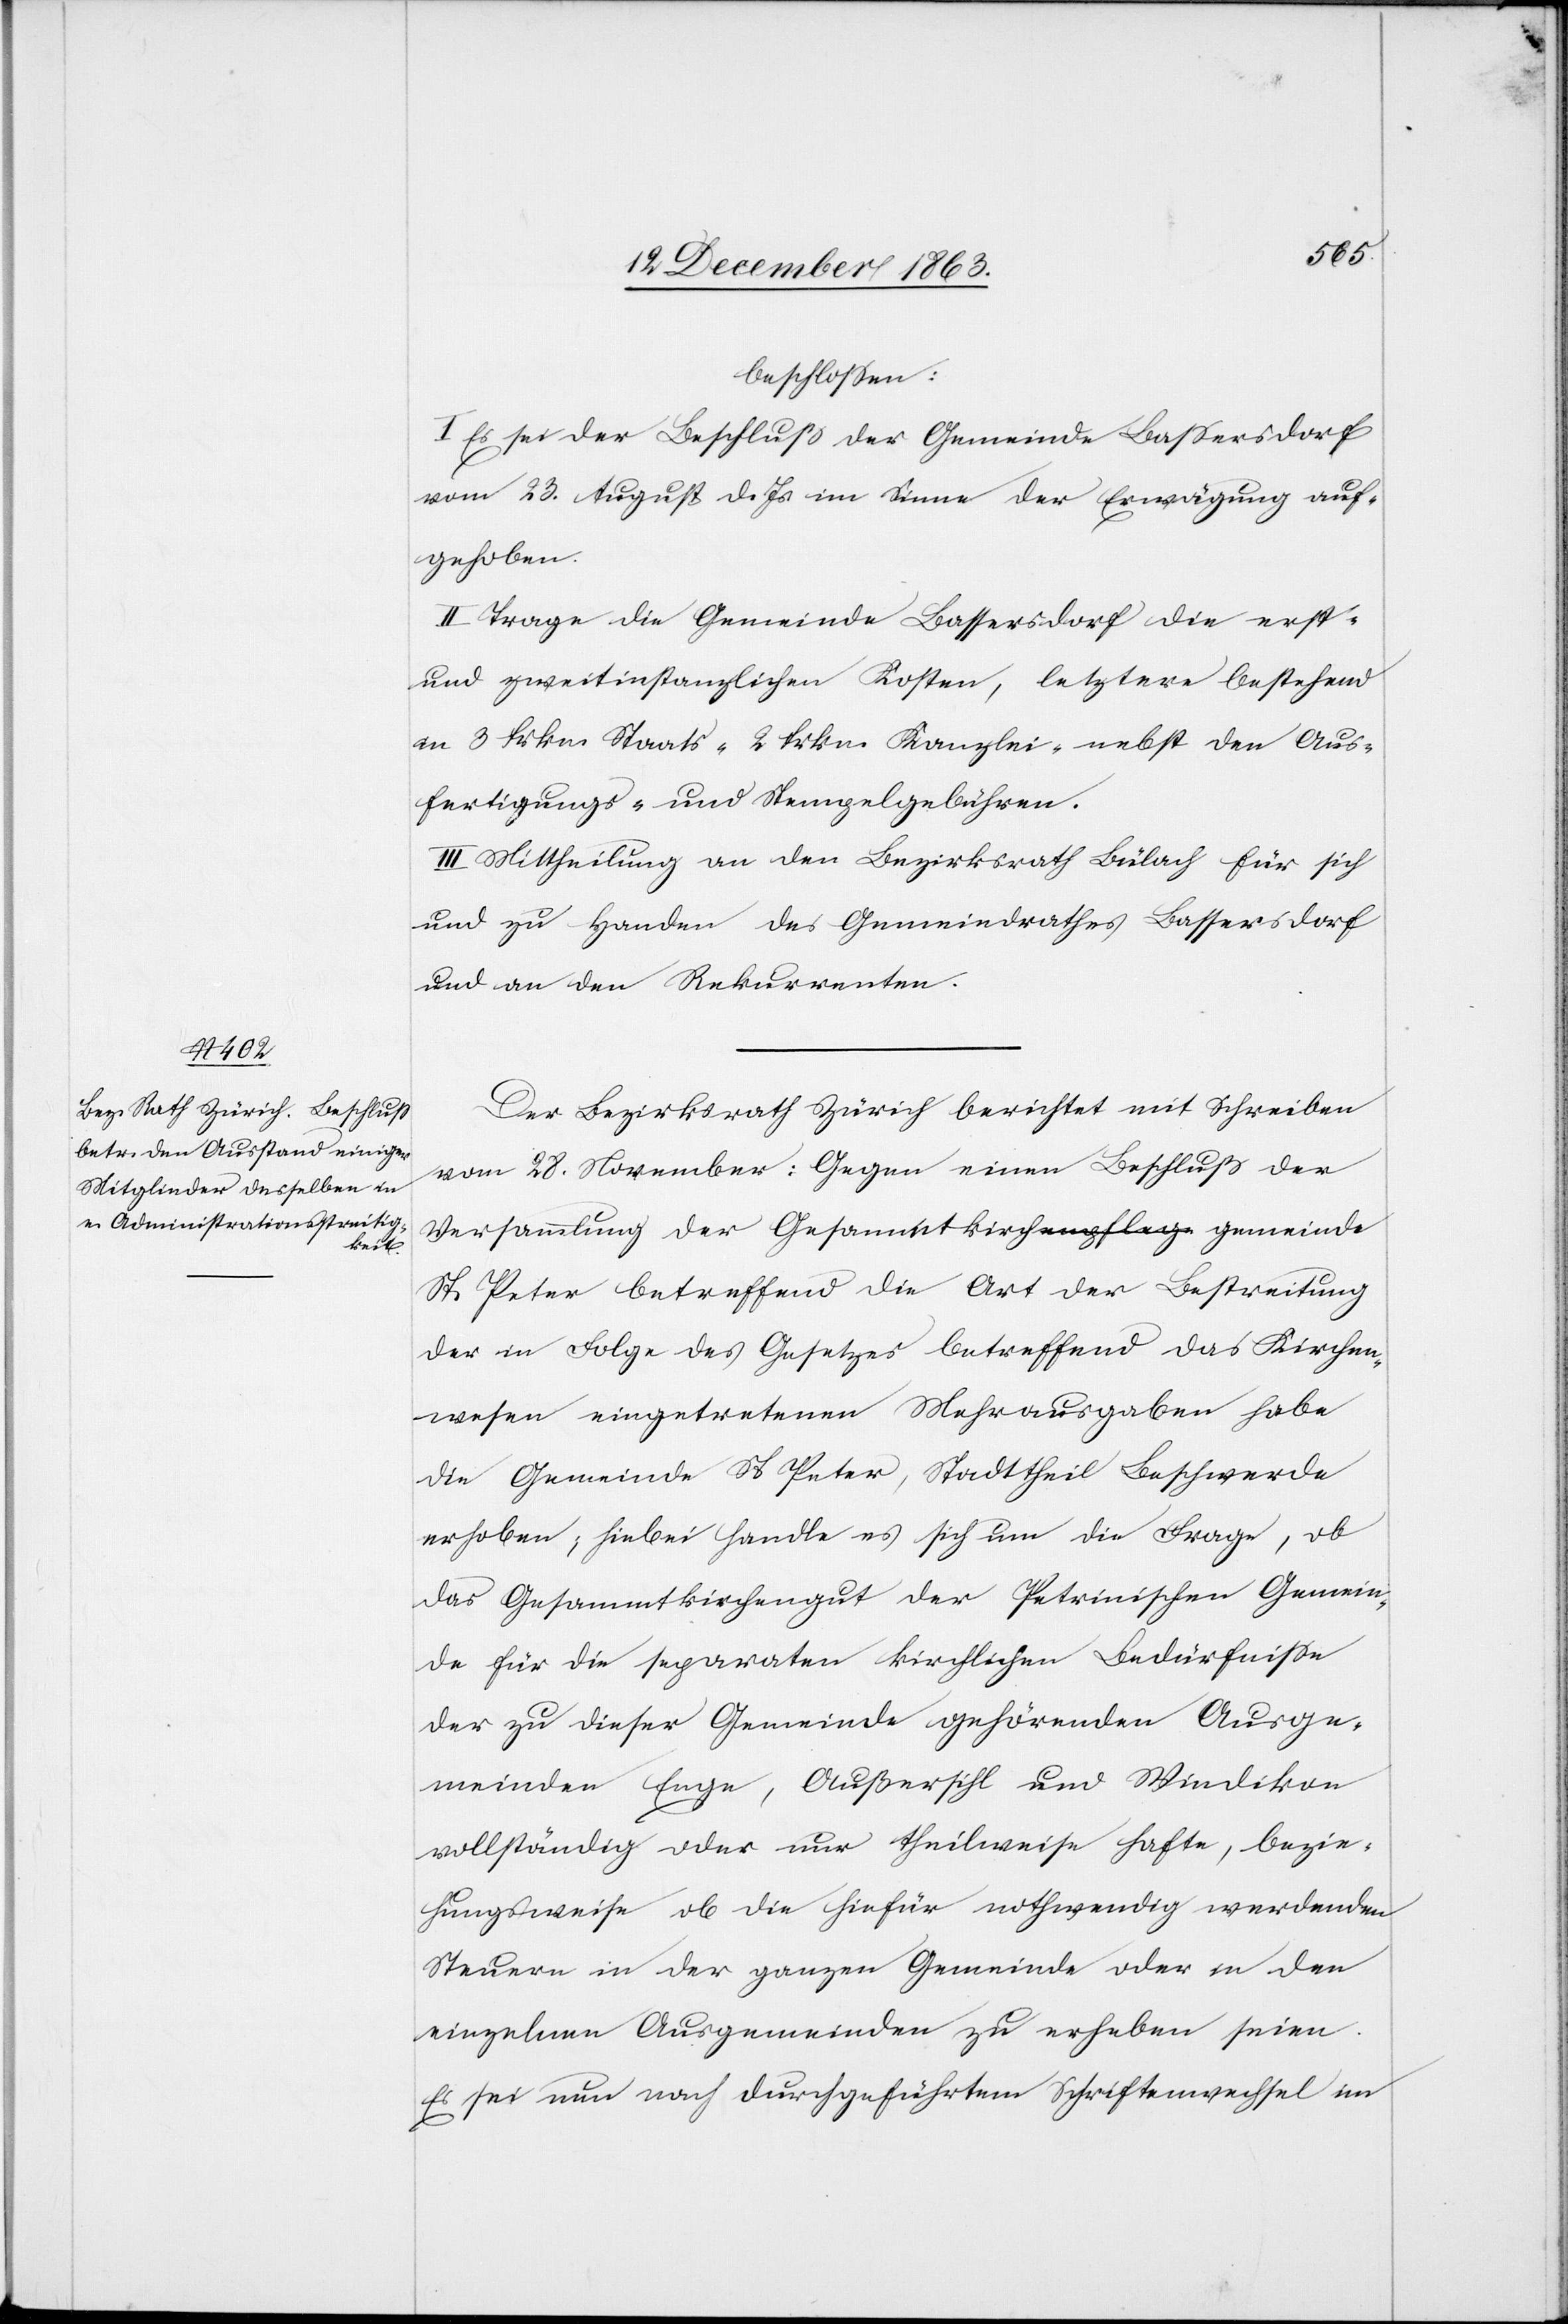
beschlossen:
I. Es sei der Beschluß der Gemeinde Bassersdorf
vom 23. August d. Js. im Sinne der Erwägung auf¬
gehoben.
II. Trage die Gemeinde Bassersdorf die erst-
und zweitinstanzlichen Kosten, letztere bestehend
in 3 Frkn. Staats-[,] 2 frkn. Kanzlei- nebst den Aus¬
fertigungs- und Stempelgebühren.
III. Mittheilung an den Bezirksrath Bülach für sich
und zu Handen des Gemeindrathes Bassersdorf
und an den Rekurrenten.
Der Bezirksrath Zürich berichtet mit Schreiben
vom 28. November: Gegen einen Beschluß der
Versammlung der Gesammtkircha-enpflege gemeinde-a
St. Peter betreffend die Art der Bestreitung
der in Folge des Gesetzes betreffend das Kirchen¬
wesen eingetretenen Mehrausgaben habe
die Gemeinde St Peter, Stadttheil Beschwerde
erhoben; hiebei handle es sich um die Frage, ob
das Gesammtkirchengut der Petrinischen Gemein¬
de für die separaten kirchlichen Bedürfnisse
der zu dieser Gemeinde gehörenden Ausge¬
meinden Enge, Außersihl und Wiedikon
vollständig oder nur theilweise hafte, bezie¬
hungsweise ob die hiefür nothwendig werdenden
Steuern in der ganzen Gemeinde oder in den
einzelnen Ausgemeinden zu erheben seien.
Es sei nun nach durchgeführtem Schriftenwechsel im